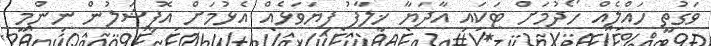
ވަގުތީ ހައްލެއް ހޯދުމަށް ޓަކައި އާދަޔާ ޚިލާފު ފިޔަވަޅެއް އެޅުމަށް އޮފިޝަލުން ނިންމީ